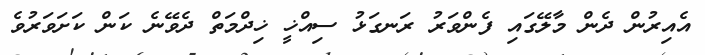
އެއިރުން ދެން މާލޭގައި ފެންވަރު ރަނގަޅު ސިއްޚީ ޚިދްމަތް ދެވޭނެ ކަން ކަށަވަރުވެ